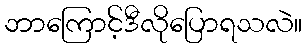
ဘာကြောင့်ဒီလိုပြောရသလဲ။